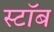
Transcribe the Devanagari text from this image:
स्टॉब